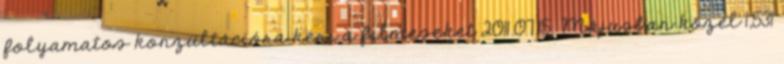
folyamatos konzultációra kéri a filmeseket 2011.07.15. Májusban közel 1,531